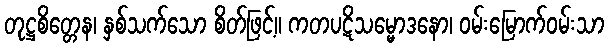
တုဋ္ဌစိတ္တေန၊ နှစ်သက်သော စိတ်ဖြင့်။ ကတပဋိသမ္မောဒနော၊ ဝမ်းမြောက်ဝမ်းသာ